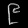
Digit: ၉